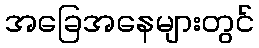
အခြေအနေများတွင်